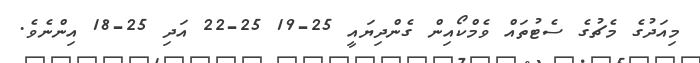
މިއަދުގެ މެޗުގެ ސެޓުތައް ވެމްކޯއިން ގެންދިޔައީ 25-19 25-22 އަދި 25-18 އިންނެވެ.